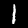
Digit: 1